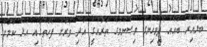
ބަލާއިރު ބައެއް ދިވެހިންގެ ވިސްނުމުގެ ތަރައްގީ އަދި ވަރަށް ފަހަތުގައި އުޅޭ ކަމަށް